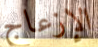
الإزعاج